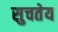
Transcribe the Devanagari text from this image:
सुचतेय